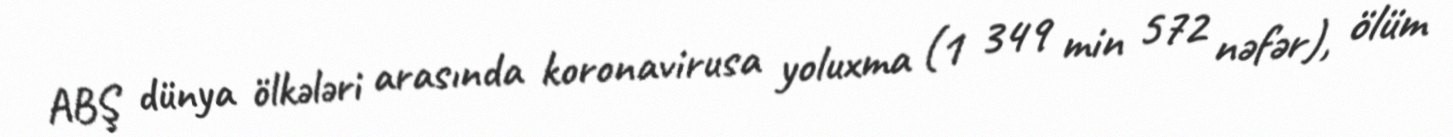
ABŞ dünya ölkələri arasında koronavirusa yoluxma (1 349 min 572 nəfər), ölüm